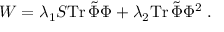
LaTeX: W = \lambda _ { 1 } S \mathrm { T r } \, \tilde { \Phi } \Phi + \lambda _ { 2 } \mathrm { T r } \, \tilde { \Phi } \Phi ^ { 2 } \; .